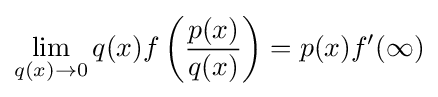
\lim _{q(x)\to 0}q(x)f\left({\frac {p(x)}{q(x)}}\right)=p(x)f'(\infty )